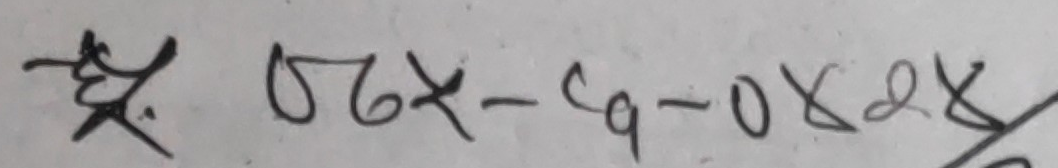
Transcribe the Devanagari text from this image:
हु०८१-९-०४९हु